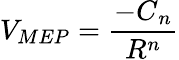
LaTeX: V_{MEP}=\frac{-C{_n}}{R^{n}}